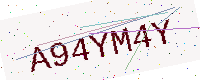
Text: A94YM4Y